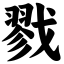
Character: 戮